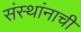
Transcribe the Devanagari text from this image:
संस्थांनाची